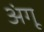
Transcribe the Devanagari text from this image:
अंगू